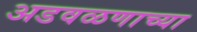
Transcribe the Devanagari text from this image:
अडवळणाच्या